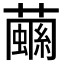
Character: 𧁧